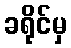
ခရိုင်မှ